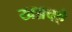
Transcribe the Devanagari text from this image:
खन्नचऐ